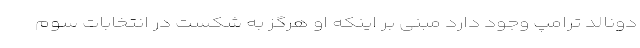
دونالد ترامپ وجود دارد مبنی بر اینکه او هرگز به شکست در انتخابات سوم